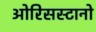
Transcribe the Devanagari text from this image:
ओरिसस्टानो